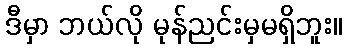
ဒီမှာ ဘယ်လို မုန်ညင်းမှမရှိဘူး။